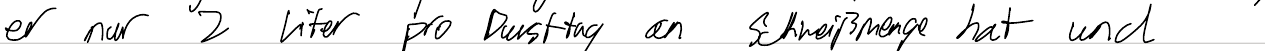
er nur 2 Liter pro Dursttag an Schweißmenge hat und